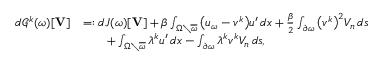
\begin{array} { r l } & { \begin{array} { r l } { d \mathcal { G } ^ { k } ( \omega ) [ \boldsymbol { \mathbf { V } } ] } & { = : d J ( \omega ) [ \boldsymbol { \mathbf { V } } ] + \beta \int _ { \Omega \setminus \overline { { \omega } } } \big ( u _ { \omega } - v ^ { k } \big ) { u ^ { \prime } } \, d x + \frac { \beta } { 2 } \int _ { \partial \omega } \big ( v ^ { k } \big ) ^ { 2 } V _ { n } \, d s } \\ & { \qquad + \int _ { \Omega \setminus \overline { { \omega } } } \lambda ^ { k } { u ^ { \prime } } \, d x - \int _ { \partial \omega } \lambda ^ { k } v ^ { k } V _ { n } \, d s , } \end{array} } \end{array}